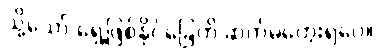
သို့သော် ရှေ့ဖြစ်နိုင်ခြေကို ဆက်မတွေးရဲပေ။